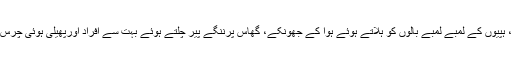
نیلا آسمان اور چلچلاتی ہوئی دھوپ، شدید گرمی، ہپیوں کے لمبے لمبے بالوں کو ہلاتے ہوئے ہوا کے جھونکے، گھاس پرننگے پیر چلتے ہوئے بہت سے افراد اورپھیلی ہوئی چرس کی بو، یہ ہے منظر جرمنی میں ہپی فیسٹول کا۔